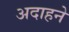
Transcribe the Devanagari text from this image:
अदाहने